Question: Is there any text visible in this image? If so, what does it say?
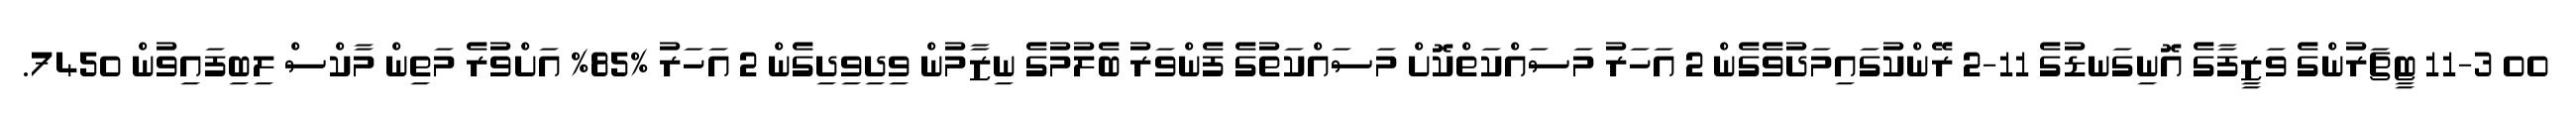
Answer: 00 11-3 ޓީޗަރުންގެ ވަޒީފާގެ އޮނިގަނޑުގެ 11-2 ރޭންކުގައިމަދުވެގެން 2 އަހަރު މަސައްކަތްކޮށް މަސައްކަތުގެ ފެންވަރު ބެލުމުގެ ނިޒާމުން ވިދިވިދިގެން 2 އަހަރު %85% އަށްވުރެ މަތިން މާކްސް ލިބިފައިވުން 7450.